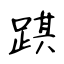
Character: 踑